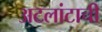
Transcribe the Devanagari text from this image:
अटलांटाची